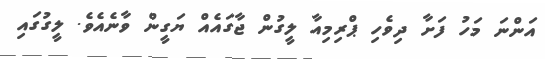
އަންނަ މަހު ފަށާ ދިވެހި ޕްރިމިއާ ލީގުން ޖާގައެއް ޔަގީން ވާނެއެވެ. ލީގުގައި